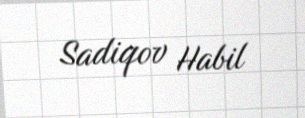
Sadiqov Habil